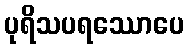
ပုရိသပရဿောပေ